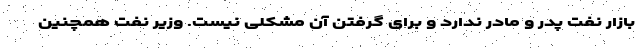
بازار نفت پدر و مادر ندارد و برای گرفتن آن مشکلی نیست. وزیر نفت همچنین